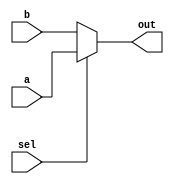
module Mux8 (a,b,sel,out);

input [7:0]a,b;
output [7:0] out;
input sel;

assign out = (sel == 0) ? b:a;

endmodule